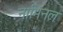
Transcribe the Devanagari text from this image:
नामिनल